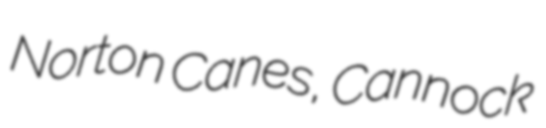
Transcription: Norton Canes, Cannock